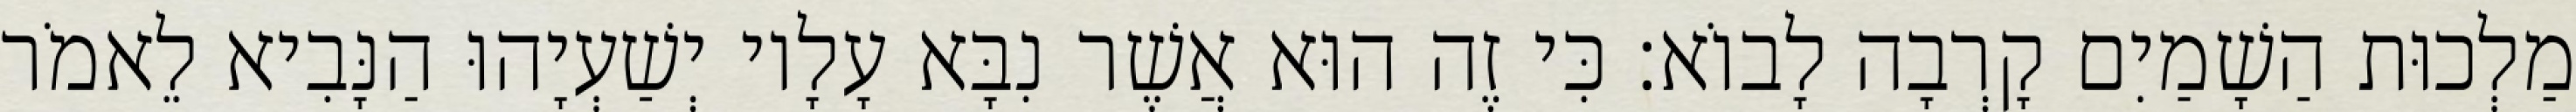
מַלְכוּת הַשָׁמַיִם קָרְבָה לָבוֹא׃ כִּי זֶה הוּא אֲשֶׁר נִבָּא עָלָיו יְשַׁעְיָהוּ הַנָּבִיא לֵאמֹר